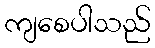
ကျစေပါသည်